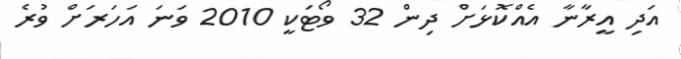
އަދި އީރާނާ އެއްކޮޅަށް ދިން 32 ވޯޓަކީ 2010 ވަނަ އަހަރަށް ވުރެ